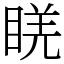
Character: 𥇉